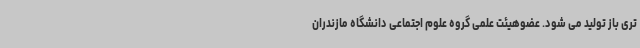
تری باز تولید می شود. عضوهیئت علمی گروه علوم اجتماعی دانشگاه مازندران